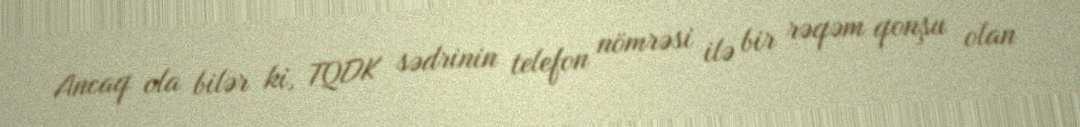
Ancaq ola bilər ki, TQDK sədrinin telefon nömrəsi ilə bir rəqəm qonşu olan